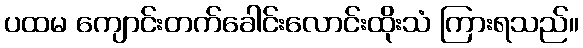
ပထမ ကျောင်းတက်ခေါင်းလောင်းထိုးသံ ကြားရသည်။